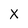
Character: x